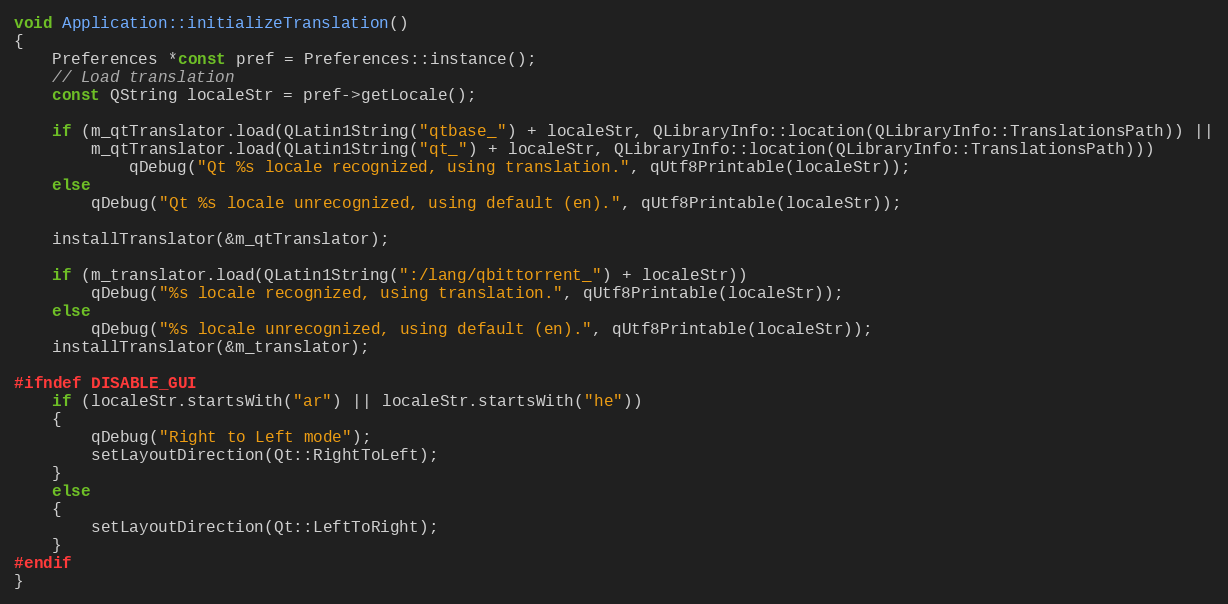
Language: C++
void Application::initializeTranslation()
{
    Preferences *const pref = Preferences::instance();
    // Load translation
    const QString localeStr = pref->getLocale();

    if (m_qtTranslator.load(QLatin1String("qtbase_") + localeStr, QLibraryInfo::location(QLibraryInfo::TranslationsPath)) ||
        m_qtTranslator.load(QLatin1String("qt_") + localeStr, QLibraryInfo::location(QLibraryInfo::TranslationsPath)))
            qDebug("Qt %s locale recognized, using translation.", qUtf8Printable(localeStr));
    else
        qDebug("Qt %s locale unrecognized, using default (en).", qUtf8Printable(localeStr));

    installTranslator(&m_qtTranslator);

    if (m_translator.load(QLatin1String(":/lang/qbittorrent_") + localeStr))
        qDebug("%s locale recognized, using translation.", qUtf8Printable(localeStr));
    else
        qDebug("%s locale unrecognized, using default (en).", qUtf8Printable(localeStr));
    installTranslator(&m_translator);

#ifndef DISABLE_GUI
    if (localeStr.startsWith("ar") || localeStr.startsWith("he"))
    {
        qDebug("Right to Left mode");
        setLayoutDirection(Qt::RightToLeft);
    }
    else
    {
        setLayoutDirection(Qt::LeftToRight);
    }
#endif
}